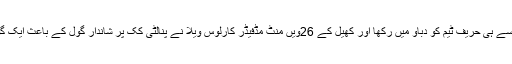
میکسیکو نے میچ کے آغاز سے ہی حریف ٹیم کو دباؤ میں رکھا اور کھیل کے 26ویں منٹ مڈفیڈر کارلوس ویلا نے پنالٹی کک پر شاندار گول کے باعث ایک گول کی برتری حاصل کرلی۔